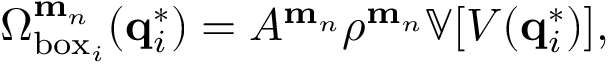
\Omega _ { \mathrm { b o x } _ { i } } ^ { \mathbf { m } _ { n } } ( \mathbf { q } _ { i } ^ { * } ) = A ^ { \mathbf { m } _ { n } } \rho ^ { \mathbf { m } _ { n } } \mathbb { V } [ V ( \mathbf { q } _ { i } ^ { * } ) ] ,